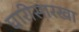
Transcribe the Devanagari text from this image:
घारीसारखा